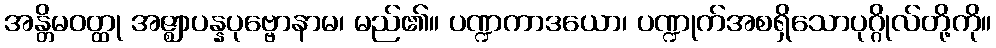
အန္တိမဝတ္ထု အဇ္ဈာပန္နပုဗ္ဗောနာမ၊ မည်၏။ ပဏ္ဍကာဒယော၊ ပဏ္ဍုက်အစရှိသောပုဂ္ဂိုလ်တို့ကို။